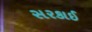
સરકાઈ